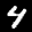
Label: 4